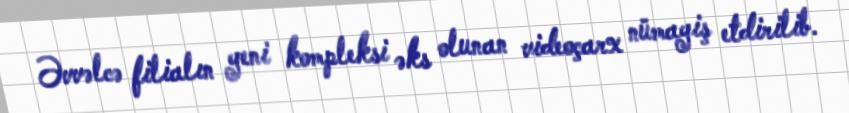
Əvvəlcə filialın yeni kompleksi əks olunan videoçarx nümayiş etdirilib.